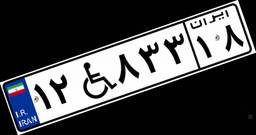
۱۲W۸۳۳۱۸